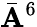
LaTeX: \bar{\mathbf{A}}^{6}